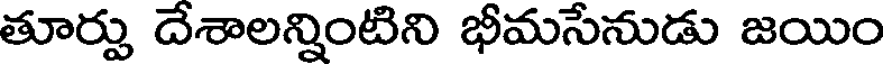
తూర్పు దేశాలన్నింటిని భీమసేనుడు జయిం